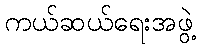
ကယ်ဆယ်ရေးအဖွဲ့